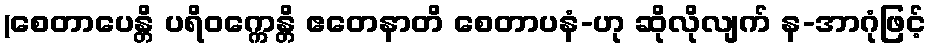
(စေတာပေန္တိ ပရိဝက္ကေန္တိ ဧတေနာတိ စေတာပနံ-ဟု ဆိုလိုလျက် န-အာဂုံဖြင့်